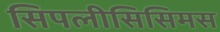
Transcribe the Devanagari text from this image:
सिपलीसिसिमस